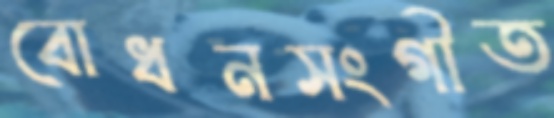
বোধনসংগীত